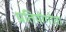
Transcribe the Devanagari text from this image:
प्रतियोगोता